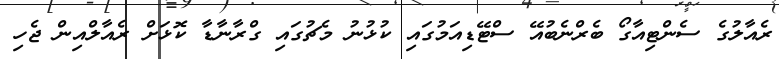
ރެއާލުގެ ސެންޓިއާގޯ ބެރްނެބުއޭ ސްޓޭޑިއަމުގައި ކުޅުނު މެޗުގައި ގްރާނާޑާ ކޮޅަށް ރެއާލްއިން ޖެހި